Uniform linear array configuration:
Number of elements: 48
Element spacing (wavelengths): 0.75
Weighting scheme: binomial
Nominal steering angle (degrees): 15
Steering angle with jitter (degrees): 13.285
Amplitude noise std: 0.05
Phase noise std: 0.05

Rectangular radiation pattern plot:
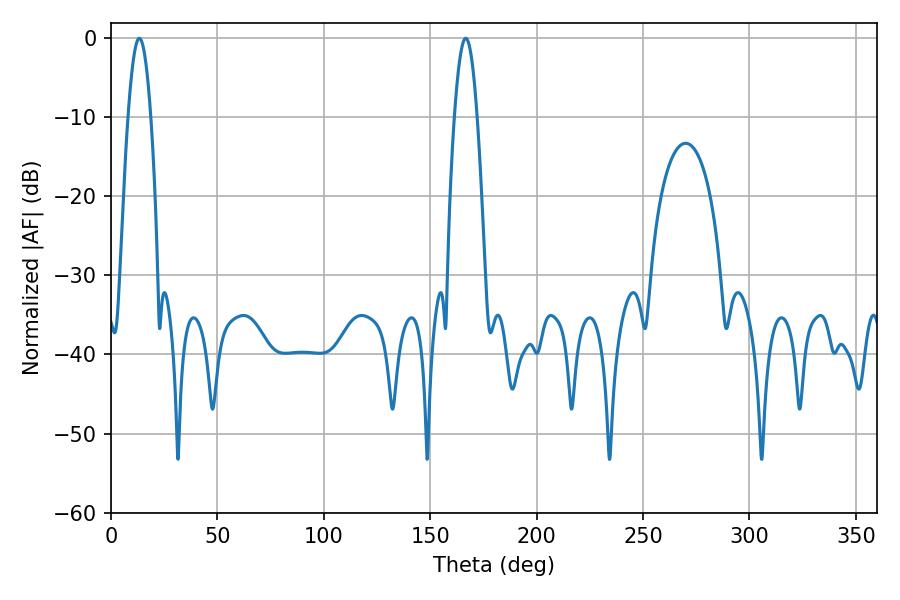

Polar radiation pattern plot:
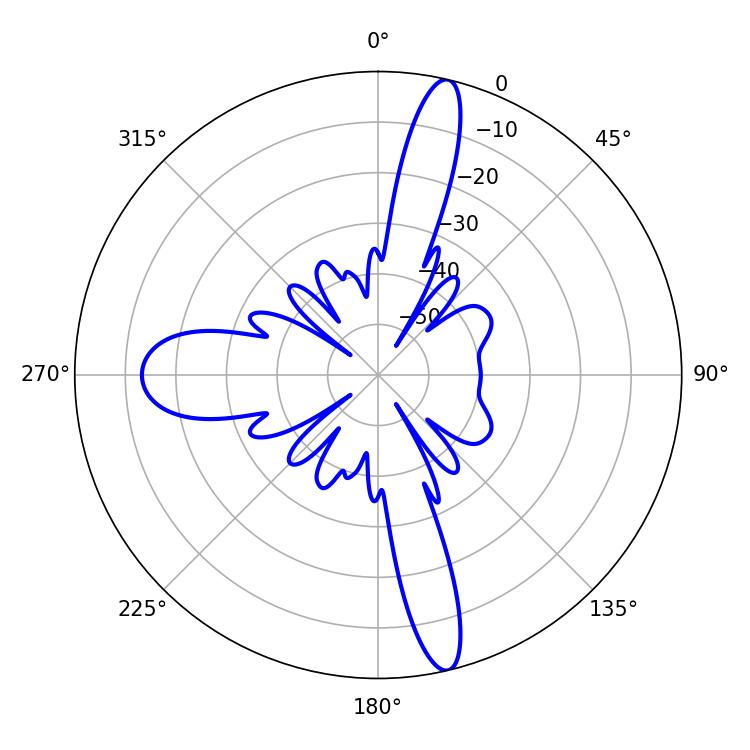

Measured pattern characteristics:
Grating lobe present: TRUE
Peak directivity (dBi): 17.303
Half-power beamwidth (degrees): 5.76
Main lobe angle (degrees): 13.32